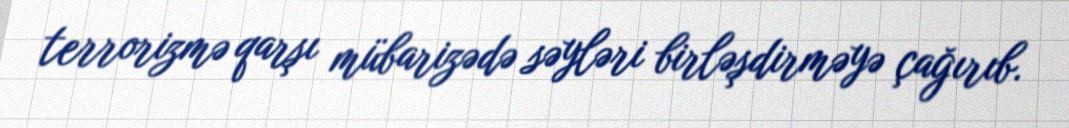
terrorizmə qarşı mübarizədə səyləri birləşdirməyə çağırıb.